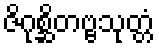
ဇိဂုစ္ဆိတဗ္ဗသုတ္တံ